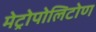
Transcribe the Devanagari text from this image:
मेट्रोपोलिटोण